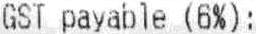
GST PAYABLE (6%):